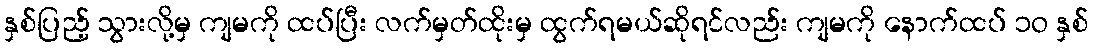
နှစ်ပြည့် သွားလို့မှ ကျမကို ထပ်ပြီး လက်မှတ်ထိုးမှ ထွက်ရမယ်ဆိုရင်လည်း ကျမကို နောက်ထပ် ၁ဝ နှစ်